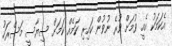
އެކަމަކު އެއީ ވުމަަށް ވުރެ ނުވުން ކައިރި ކަމެއް ކަމަށް ސިޔާސީ މަސްރަހު